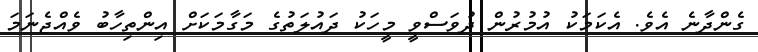
ގެންދާނެ އެވެ. އެކަމަކު އުމުރުން ދުވަސްވީ މީހަކު ދައުލަތުގެ މަގާމަކަށް އިންތިހާބު ވެއްޖެނަމަ